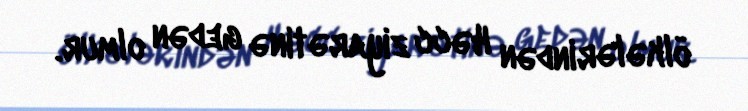
ölkələrindən Həcc ziyarətinə gedən olmur.